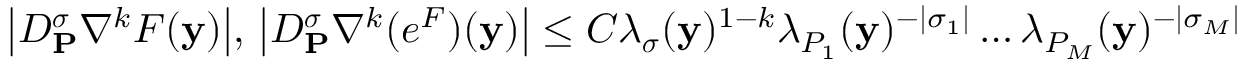
\big | D _ { \mathbf { P } } ^ { \boldsymbol { \sigma } } \nabla ^ { k } F ( \mathbf { y } ) \big | , \, \big | D _ { \mathbf { P } } ^ { \boldsymbol { \sigma } } \nabla ^ { k } ( e ^ { F } ) ( \mathbf { y } ) \big | \le C \lambda _ { \boldsymbol { \sigma } } ( \mathbf { y } ) ^ { 1 - k } \lambda _ { P _ { 1 } } ( \mathbf { y } ) ^ { - | \sigma _ { 1 } | } \dots \lambda _ { P _ { M } } ( \mathbf { y } ) ^ { - | \sigma _ { M } | }